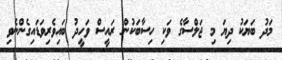
މަދު ބަޔަކު ދިޔަ މި ޖަލްސާގެ ވަކި ހިސާބަކުން ރައީސް ވަހީދު ބައިވެރިވަޑައިގެންނެވި